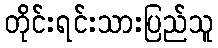
တိုင်းရင်းသားပြည်သူ